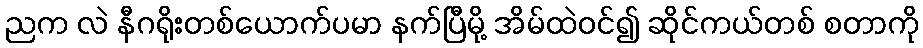
ညက လဲ နီဂရိုးတစ်ယောက်ပမာ နက်ပြီမို့ အိမ်ထဲဝင်၍ ဆိုင်ကယ်တစ် စတာကို